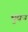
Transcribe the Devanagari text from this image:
भुबन